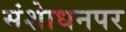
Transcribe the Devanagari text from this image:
संशाेधनपर